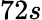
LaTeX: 72s